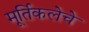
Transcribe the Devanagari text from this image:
मूर्तिकलेचे